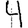
Digit: 4